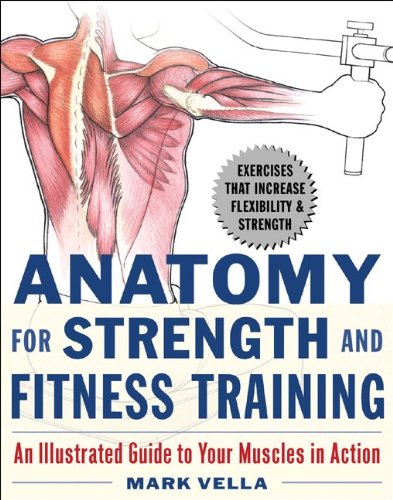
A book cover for Anatomy for Strength and Fitness Training: An Illustrated Guide to Your Muscles in Action; Mark Vella; Health, Fitness & Dieting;